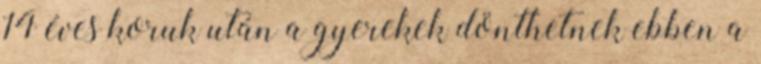
14 éves koruk után a gyerekek dönthetnek ebben a